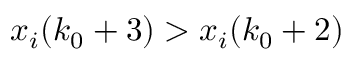
x _ { i } ( k _ { 0 } + 3 ) > x _ { i } ( k _ { 0 } + 2 )